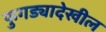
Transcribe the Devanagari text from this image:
फुगड्यादेखील